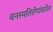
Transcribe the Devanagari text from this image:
वनस्पतिरोगांवरील